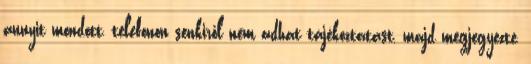
annyit mondott, telefonon senkiről nem adhat tájékoztatást, majd megjegyezte,